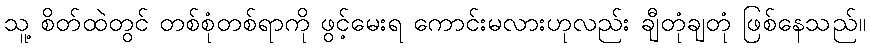
သူ့ စိတ်ထဲတွင် တစ်စုံတစ်ရာကို ဖွင့်မေးရ ကောင်းမလားဟုလည်း ချီတုံချတုံ ဖြစ်နေသည်။